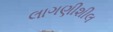
લાગણીશીલ